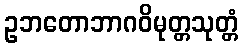
ဥဘတောဘာဂဝိမုတ္တသုတ္တံ